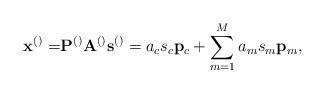
LaTeX: \begin{align*}\mathbf{x}^{\left(\right)}=&\mathbf{P}^{\left(\right)}\mathbf{A}^{\left(\right)}\mathbf{s}^{\left(\right)}=a_c s_c \mathbf{p}_c+\sum_{m=1}^{M}a_m s_m \mathbf{p}_m, \end{align*}